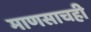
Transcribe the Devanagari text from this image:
माणसाचही